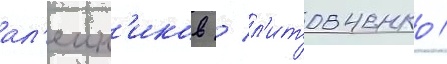
ал'еин'иков / л'итовченко /